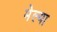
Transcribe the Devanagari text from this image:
मेल्‍या